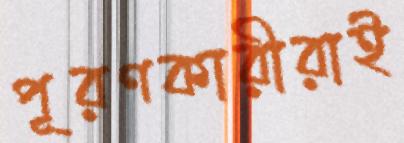
পূরণকারীরাই